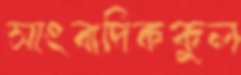
সাংবাদিককুল